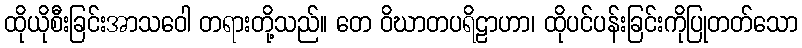
ထိုယိုစီးခြင်းအာသဝေါ တရားတို့သည်။ တေ ဝိဃာတပရိဠာဟာ၊ ထိုပင်ပန်းခြင်းကိုပြုတတ်သော